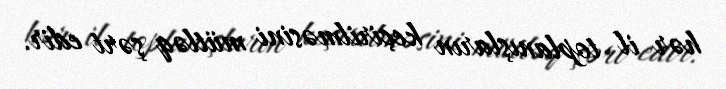
hər il toplanışların keçirilməsini mütləq şərt edir.